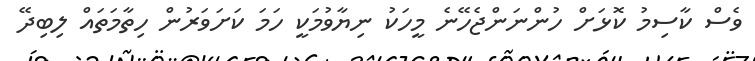
ވެސް ކާސިމު ކޮޅަށް ހުންނަންޖެހޭނެެ މީހަކު ނިޔާވުމަކީ ހަމަ ކަށަވަރުން ހިތާމަތައް ލިބިދޭ